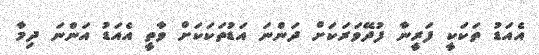
އެއަޑު ތަކަކީ ފަރީނާ ފުދޭވަރަކަށް ދަންނަ އަޑުތަކަކަށް ވާތީ އެއަޑު އަންނަ ދިމާ